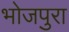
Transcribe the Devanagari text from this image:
भोजपुरा